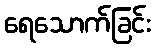
ရေသောက်ခြင်း